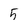
Character: 5